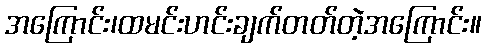
အကြောင်း၊ထမင်းဟင်းချက်တတ်တဲ့အကြောင်း။